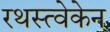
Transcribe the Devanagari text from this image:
रथस्त्वेकेन